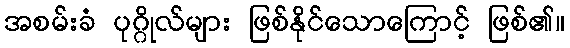
အစမ်းခံ ပုဂ္ဂိုလ်များ ဖြစ်နိုင်သောကြောင့် ဖြစ်၏။